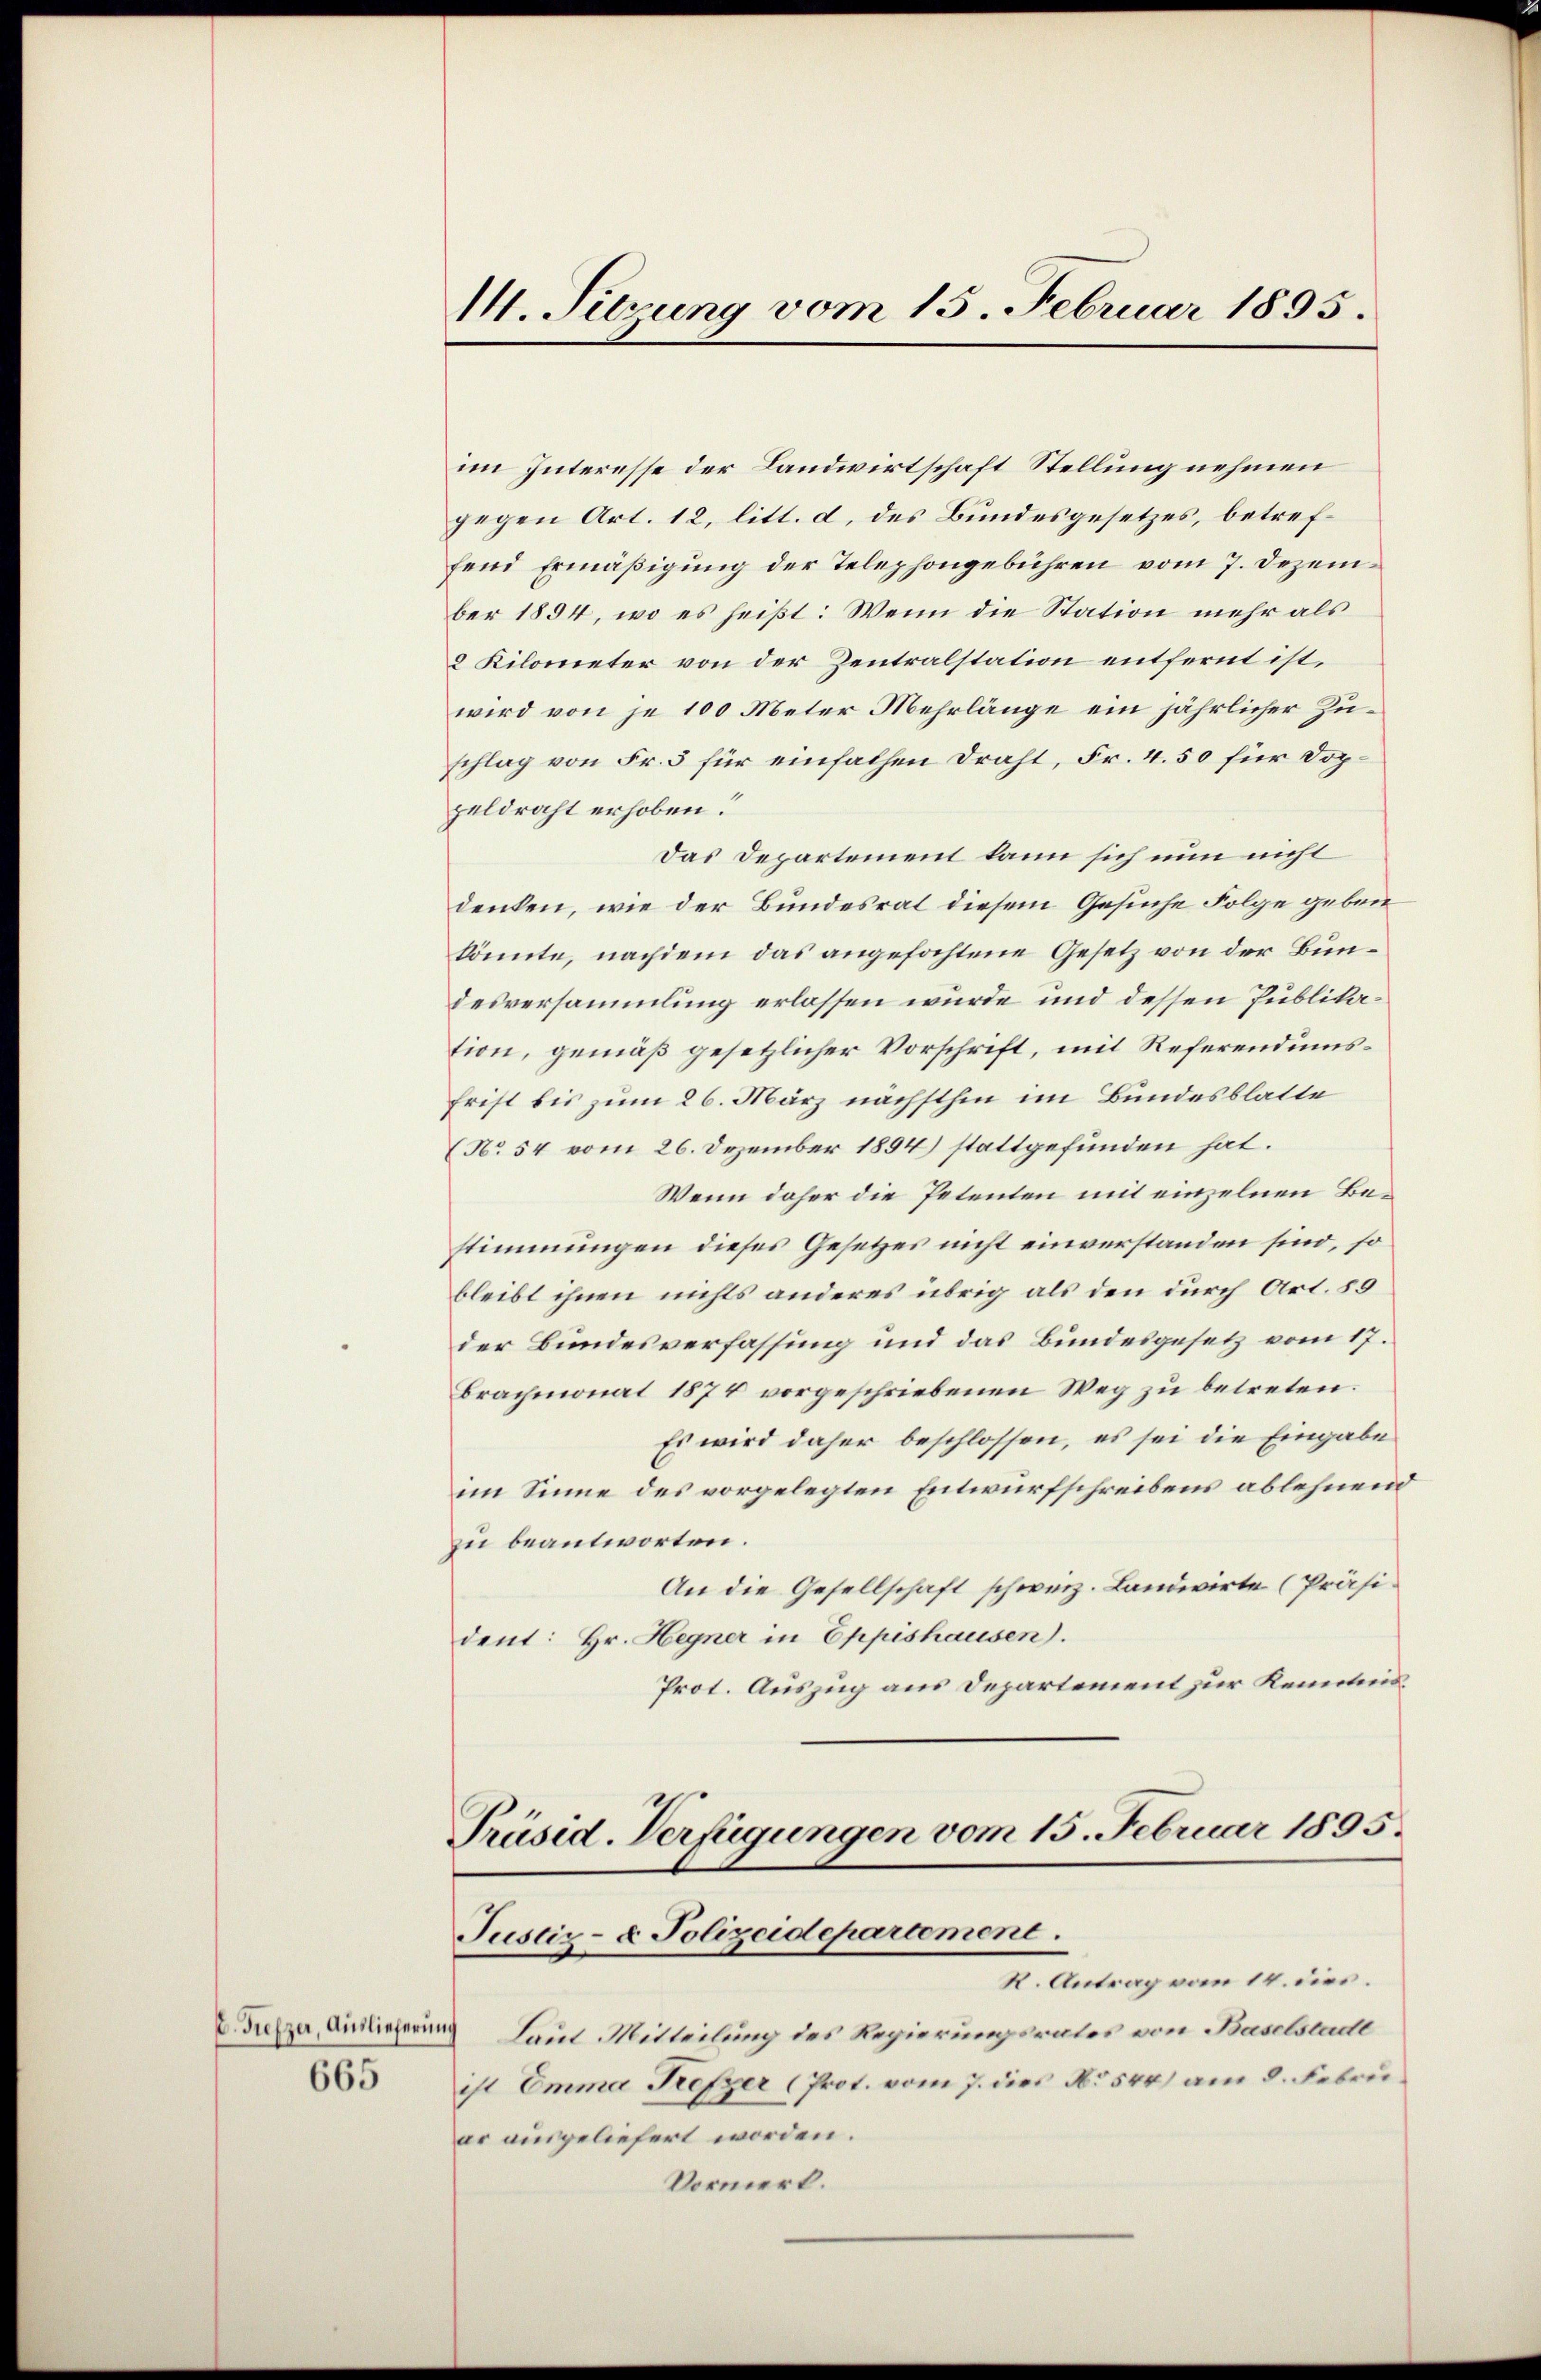
E. Tiefzer, Ausliefern
665

im Interesse der Landwirtschaft Stellung nehmen
gegen Art. 12, litt. d. des Bundesgesetzes, betreffend Ermäßigung der Telephongebühren vom 7. Dezember 1894, wo es heißt: Wenn die Station mehr als
2 Kilometer von der Zentralstation entfernt ist,
wird von je 100 Meter Mehrlänge ein jährlicher Zuschlag von Fr. 5 für einfachen Draht, Fr. 4. 50 für Dopzeldraht erhoben.
Das Departement kann sich nun nicht
denken, wie der Bundesrat diesem Gesuche Folge geben
könnte, nachdem das angefochtene Gesetz von der Bundesversammlung erlassen würde und dessen Publikation, gemäß gesetzlicher Vorschrift, mit Referendums¬
Frist bis zum 26. März nachsthin im Bundesblatte
(No 54 vom 26. Dezember 1894 stattgefunden hat.
Wenn daher die Petenten mit einzelnen Bestimmungen dieses Gesetzes nicht einverstanden sind, so
bleibt ihnen nichts anderes übrig als den durch Art. § 9
der Bundesverfassung und das Bundesgesetz vom 17.
Brachmonat 1874 vorgeschriebenen Weg zu betreten.
Es wird daher beschlossen, es sei die Eingabe
im Sinne des vorgelegten Entwurfschreibens ablehnend
zu beantworten.
An die Gesellschaft schweiz. Landwirte (Präsident: Hr. Hegner in Eppishausen).
Prot. Auszug aus Departement zur Kenntnis.

M. Surung vom 15. Februar 1895.

Präsid-Verfügungen vom 15. Februar 1895.
Justiz- & Polizeidepartement.
K. Antrag vom 14. dies.

Laut Mitteilung des Regierungsrates von Baselstadt
ist Emma Trefzer (Prot. vom 7. dies No 544) am 8. Febru
ar ausgeliefert worden.
Vormerk.